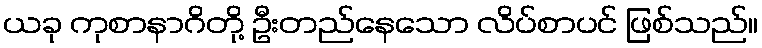
ယခု ကုစာနာဂိတို့ ဦးတည်နေသော လိပ်စာပင် ဖြစ်သည်။